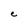
Character: C